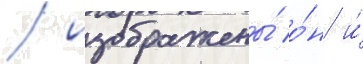
/ изображены́ о́н и́